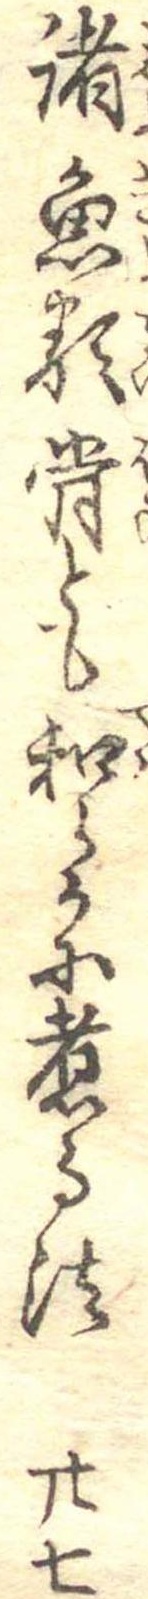
諸魚類骨とも和らかに煮る法廿七